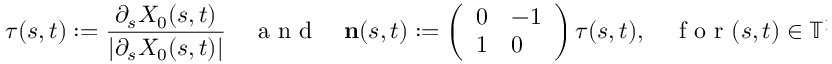
{ \boldsymbol { \tau } } ( s , t ) : = \frac { \partial _ { s } X _ { 0 } ( s , t ) } { | \partial _ { s } X _ { 0 } ( s , t ) | } \quad \mathrm { ~ a ~ n ~ d ~ } \quad \mathbf { n } ( s , t ) : = \left( \begin{array} { l l } { 0 } & { - 1 } \\ { 1 } & { 0 } \end{array} \right) { \boldsymbol { \tau } } ( s , t ) , \quad \mathrm { ~ f ~ o ~ r ~ } ( s , t ) \in \ensuremath { \mathbb { T } } ^ { 1 } \times [ 0 , T _ { 0 } ]